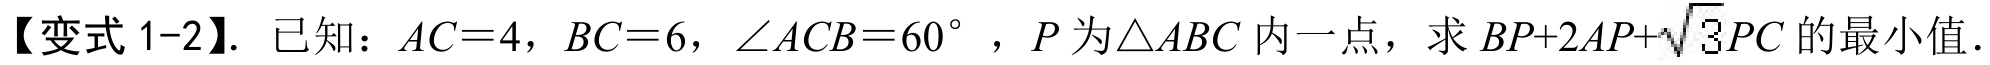
【变式 1-2】. 已知：\(AC = 4\)，\(BC = 6\)，\(\angle ACB = 60^{\circ}\)，\(P\)为\(\triangle ABC\)内一点，求\(BP + 2AP+\sqrt{3}PC\)的最小值.